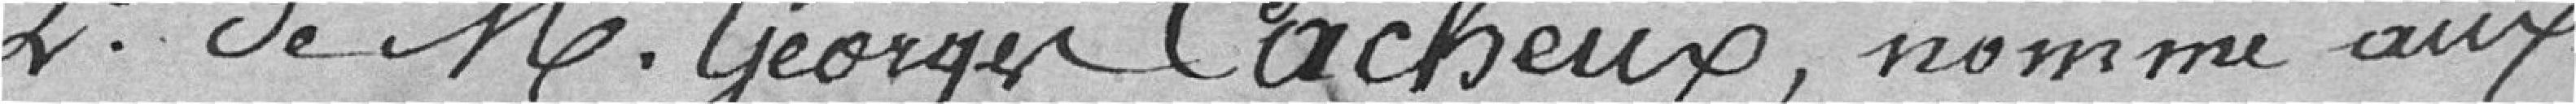
2° de M. Georges Cacheux, nommé aux